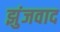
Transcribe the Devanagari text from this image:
झुंजवाद